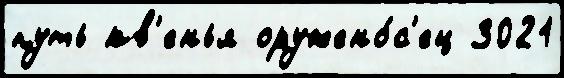
путь кв'енья оружено́с'ец 3021